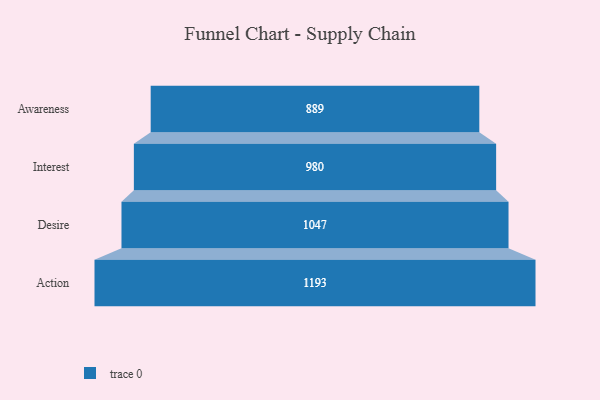
{"axis": {"x": "Stage", "y": "Value"}, "legend": [""], "data": [{"x": "Awareness", "y": 889.0, "type": ""}, {"x": "Interest", "y": 980.0, "type": ""}, {"x": "Desire", "y": 1047.0, "type": ""}, {"x": "Action", "y": 1193.0, "type": ""}]}